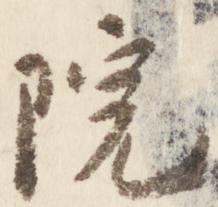
院